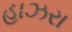
હાઝરા